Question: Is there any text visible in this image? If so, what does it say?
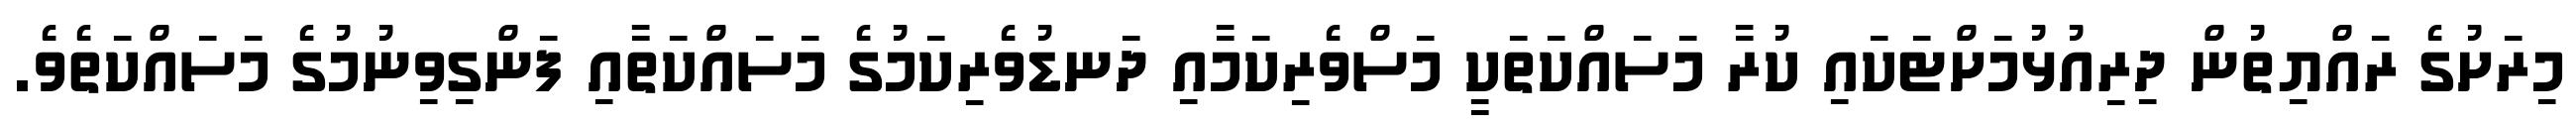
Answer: މިރަށުގެ ރައްޔިތުން ދިރިއުޅުމަށްޓަކައި ކުރާ މަސައްކަތަކީ މަސްވެރިކަމާއި ދަނޑުވެރިކަމުގެ މަސައްކަތާއި ފަންގިވިނުމުގެ މަސައްކަތެވެ.